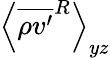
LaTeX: \left\langle\overline{{\rho v^{\prime}}}^{R}\right\rangle_{yz}